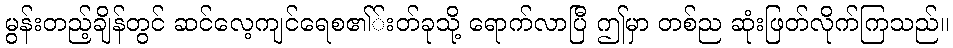
မွန်းတည့်ချိန်တွင် ဆင်လေ့ကျင်ရေစ၏်းတ်ခုသို့ ရောက်လာပြီ ဤမှာ တစ်ည ဆုံးဖြတ်လိုက်ကြသည်။